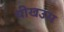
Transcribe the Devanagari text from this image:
चीखउस